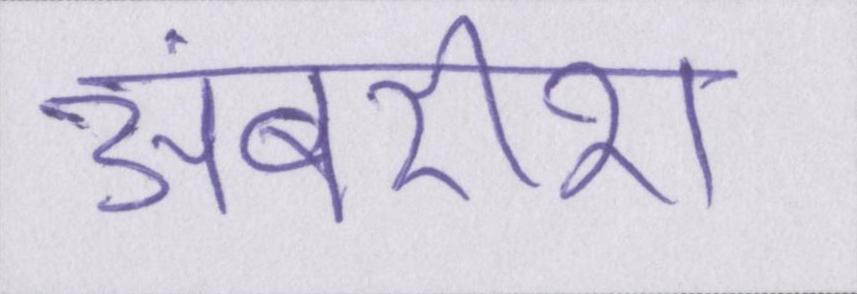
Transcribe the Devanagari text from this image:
अंबरीश